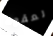
لعقود